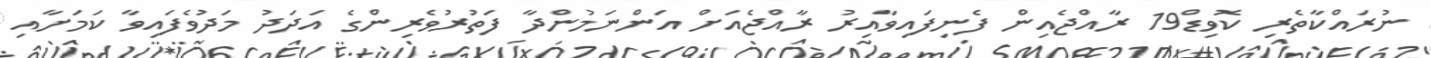
ނުރައްކާތެރި ކޮވިޑް19 ރާއްޖެއިން ފެނިފައިވާއިރު ރާއްޖެއަށް އަންނަމުންދާ ފަތުރުވެރިންގެ އަދަދު މަދުވެފައިވާ ކަމަށާއި